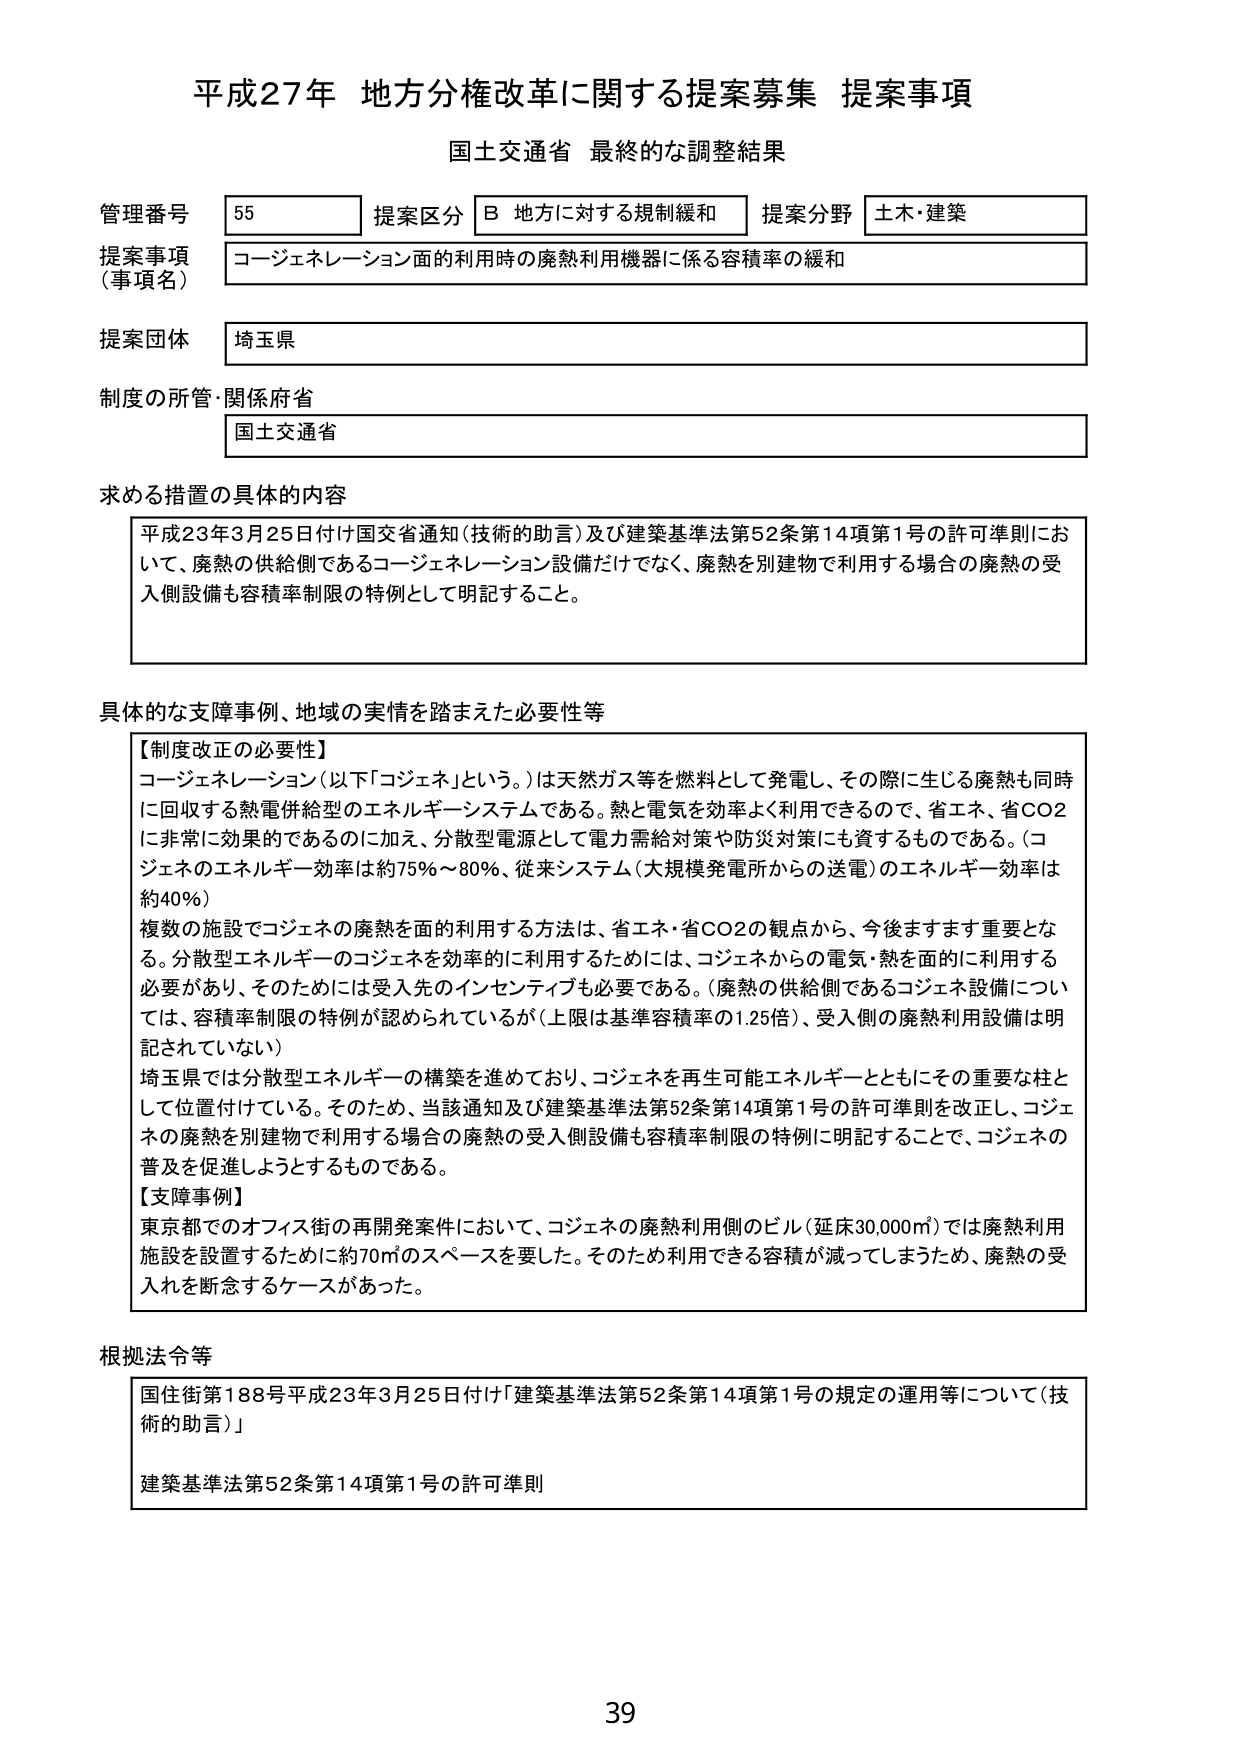
平成27年 地方分権改革に関する提案募集 提案事項
国土交通省 最終的な調整結果

管理番号 55
提案区分 B 地方に対する規制緩和
提案分野 土木・建築

提案事項（事項名）
コージェネレーション面的利用時の廃熱利用機器に係る容積率の緩和

提案団体
埼玉県

制度の所管・関係府省
国土交通省

求める措置の具体的内容
平成23年3月25日付け国交省通知（技術的助言）及び建築基準法第52条第14項第1号の許可準則において、廃熱の供給側であるコージェネレーション設備だけでなく、廃熱を別建物で利用する場合の廃熱の受入側設備も容積率制限の特例として明記すること。

具体的な支障事例、地域の実情を踏まえた必要性等
【制度改正の必要性】
コージェネレーション（以下「コジェネ」という。）は天然ガス等を燃料として発電し、その際に生じる廃熱も同時に回収する熱電併給型のエネルギーシステムである。熱と電気を効率よく利用できるので、省エネ、省CO2に非常に効果的であるのに加え、分散型電源として電力需給対策や防災対策にも資するものである。（コジェネのエネルギー効率は約75％～80％、従来システム（大規模発電所からの送電）のエネルギー効率は約40％）
複数の施設でコジェネの廃熱を面的利用する方法は、省エネ・省CO2の観点から、今後ますます重要となる。分散型エネルギーのコジェネを効率的に利用するためには、コジェネからの電気・熱を面的に利用する必要があり、そのためには受入先のインセンティブも必要である。（廃熱の供給側であるコジェネ設備については、容積率制限の特例が認められているが（上限は基準容積率の1.25倍）、受入側の廃熱利用設備は明記されていない）
埼玉県では分散型エネルギーの構築を進めており、コジェネを再生可能エネルギーとともにその重要な柱として位置付けている。そのため、当該通知及び建築基準法第52条第14項第1号の許可準則を改正し、コジェネの廃熱を別建物で利用する場合の廃熱の受入側設備も容積率制限の特例に明記することで、コジェネの普及を促進しようとするものである。
【支障事例】
東京都でのオフィス街の再開発案件において、コジェネの廃熱利用側のビル（延床30,000㎡）では廃熱利用施設を設置するために約70㎡のスペースを要した。そのため利用できる容積が減ってしまうため、廃熱の受入れを断念するケースがあった。

根拠法令等
国住街第188号平成23年3月25日付け「建築基準法第52条第14項第1号の規定の運用等について（技術的助言）」
建築基準法第52条第14項第1号の許可準則

39